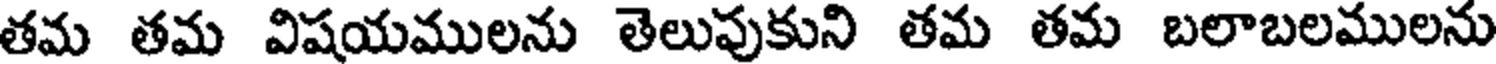
తమ తమ విషయములను తెలుపుకుని తమ తమ బలాబలములను